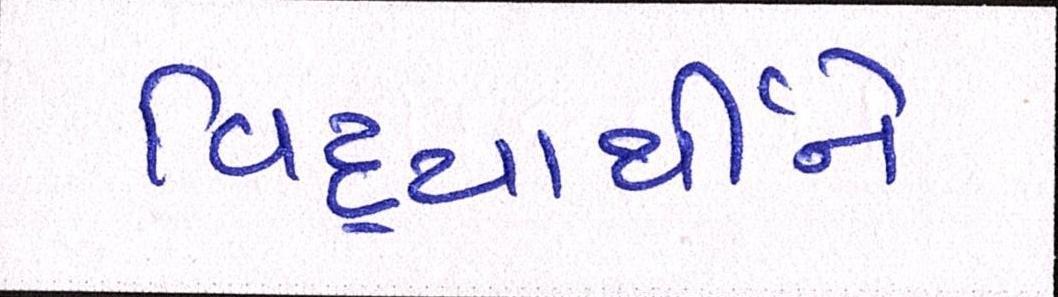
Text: વિદ્યાર્થીને